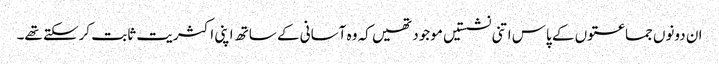
ان دونوں جماعتوں کے پاس اتنی نشستیں موجود تھیں کہ وہ آسانی کے ساتھ اپنی اکثریت ثابت کرسکتے تھے۔